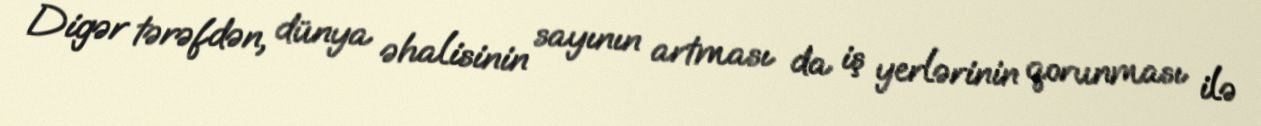
Digər tərəfdən, dünya əhalisinin sayının artması da iş yerlərinin qorunması ilə